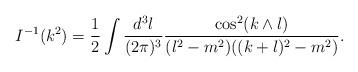
LaTeX: \begin{align*}I^{-1}(k^2)=\frac12\int \frac{d^3 l}{(2\pi)^3}\frac{\cos^2 (k\wedge l)}{(l^2-m^2)((k+l)^2-m^2)}.\end{align*}